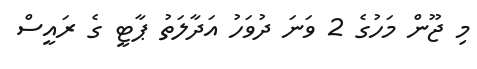
މި ޖޫން މަހުގެ 2 ވަނަ ދުވަހު އަދާލަތު ޕާޓީ ގެ ރައީސް